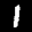
Label: 1